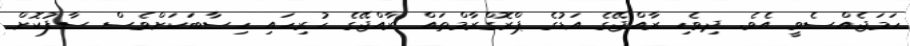
ހަމަޖެއްސެވީ އެވެ. ދިވެހި ރާއްޖޭގެ އަޑުގެ ޕްރޮގްރާމްތައް ރާއްޖޭގެ ހުރިހައި ހިސާބަކަށްވެސް ސާފުކޮށް